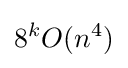
8^{k}O(n^{4})